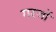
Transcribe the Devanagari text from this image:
गरजों